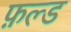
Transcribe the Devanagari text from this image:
फ़ल्ड